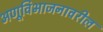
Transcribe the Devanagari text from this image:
अणूविभाजनावरील